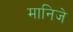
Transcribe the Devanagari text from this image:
मानिजे